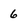
Character: 6